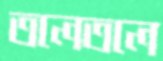
তলেতলে